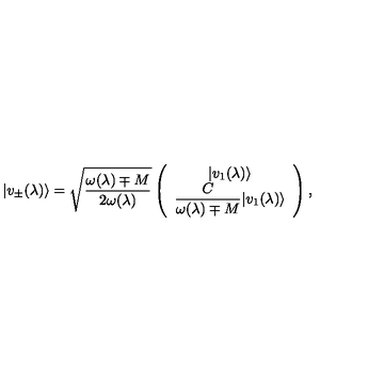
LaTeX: | v _ { \pm } ( \lambda ) \rangle = \sqrt { \frac { \omega ( \lambda ) \mp M } { 2 \omega ( \lambda ) } } \left( \begin{array} { c } { | v _ { 1 } ( \lambda ) \rangle } \\ { \displaystyle { \frac { C } { \omega ( \lambda ) \mp M } } | v _ { 1 } ( \lambda ) \rangle } \\ \end{array} \right) ,